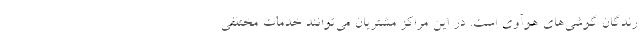
رندگان گوشی‌های هوآوی است. در این مراکز مشتریان می‌توانند خدمات مختلفی